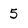
Character: 5